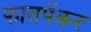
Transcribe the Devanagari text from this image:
फातर्पेकर